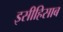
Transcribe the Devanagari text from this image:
इसीहिसाब